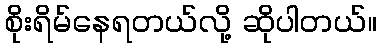
စိုးရိမ်နေရတယ်လို့ ဆိုပါတယ်။